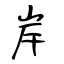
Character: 岸